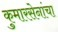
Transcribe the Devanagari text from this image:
कुमारसेनांचा